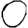
Digit: 0